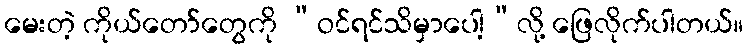
မေးတဲ့ ကိုယ်တော်တွေကို “ဝင်ရင်သိမှာပေါ့”လို့ ဖြေလိုက်ပါတယ်။